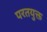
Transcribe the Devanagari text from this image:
परतयुक्त